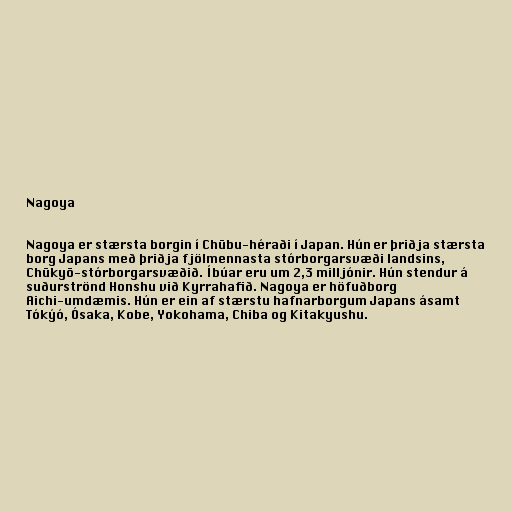
Nagoya

Nagoya er stærsta borgin í Chūbu-héraði í Japan. Hún er þriðja stærsta
borg Japans með þriðja fjölmennasta stórborgarsvæði landsins,
Chūkyō-stórborgarsvæðið. Íbúar eru um 2,3 milljónir. Hún stendur á
suðurströnd Honshu við Kyrrahafið. Nagoya er höfuðborg
Aichi-umdæmis. Hún er ein af stærstu hafnarborgum Japans ásamt
Tókýó, Ósaka, Kobe, Yokohama, Chiba og Kitakyushu.